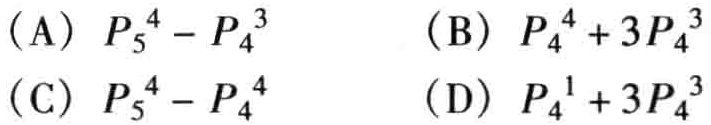
(A) \(P_{5}^{4}-P_{4}^{3}\)  (B) \(P_{4}^{4}+3P_{4}^{3}\)
(C) \(P_{5}^{4}-P_{4}^{4}\)  (D) \(P_{4}^{1}+3P_{4}^{3}\)